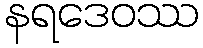
နရဒေဝဿ